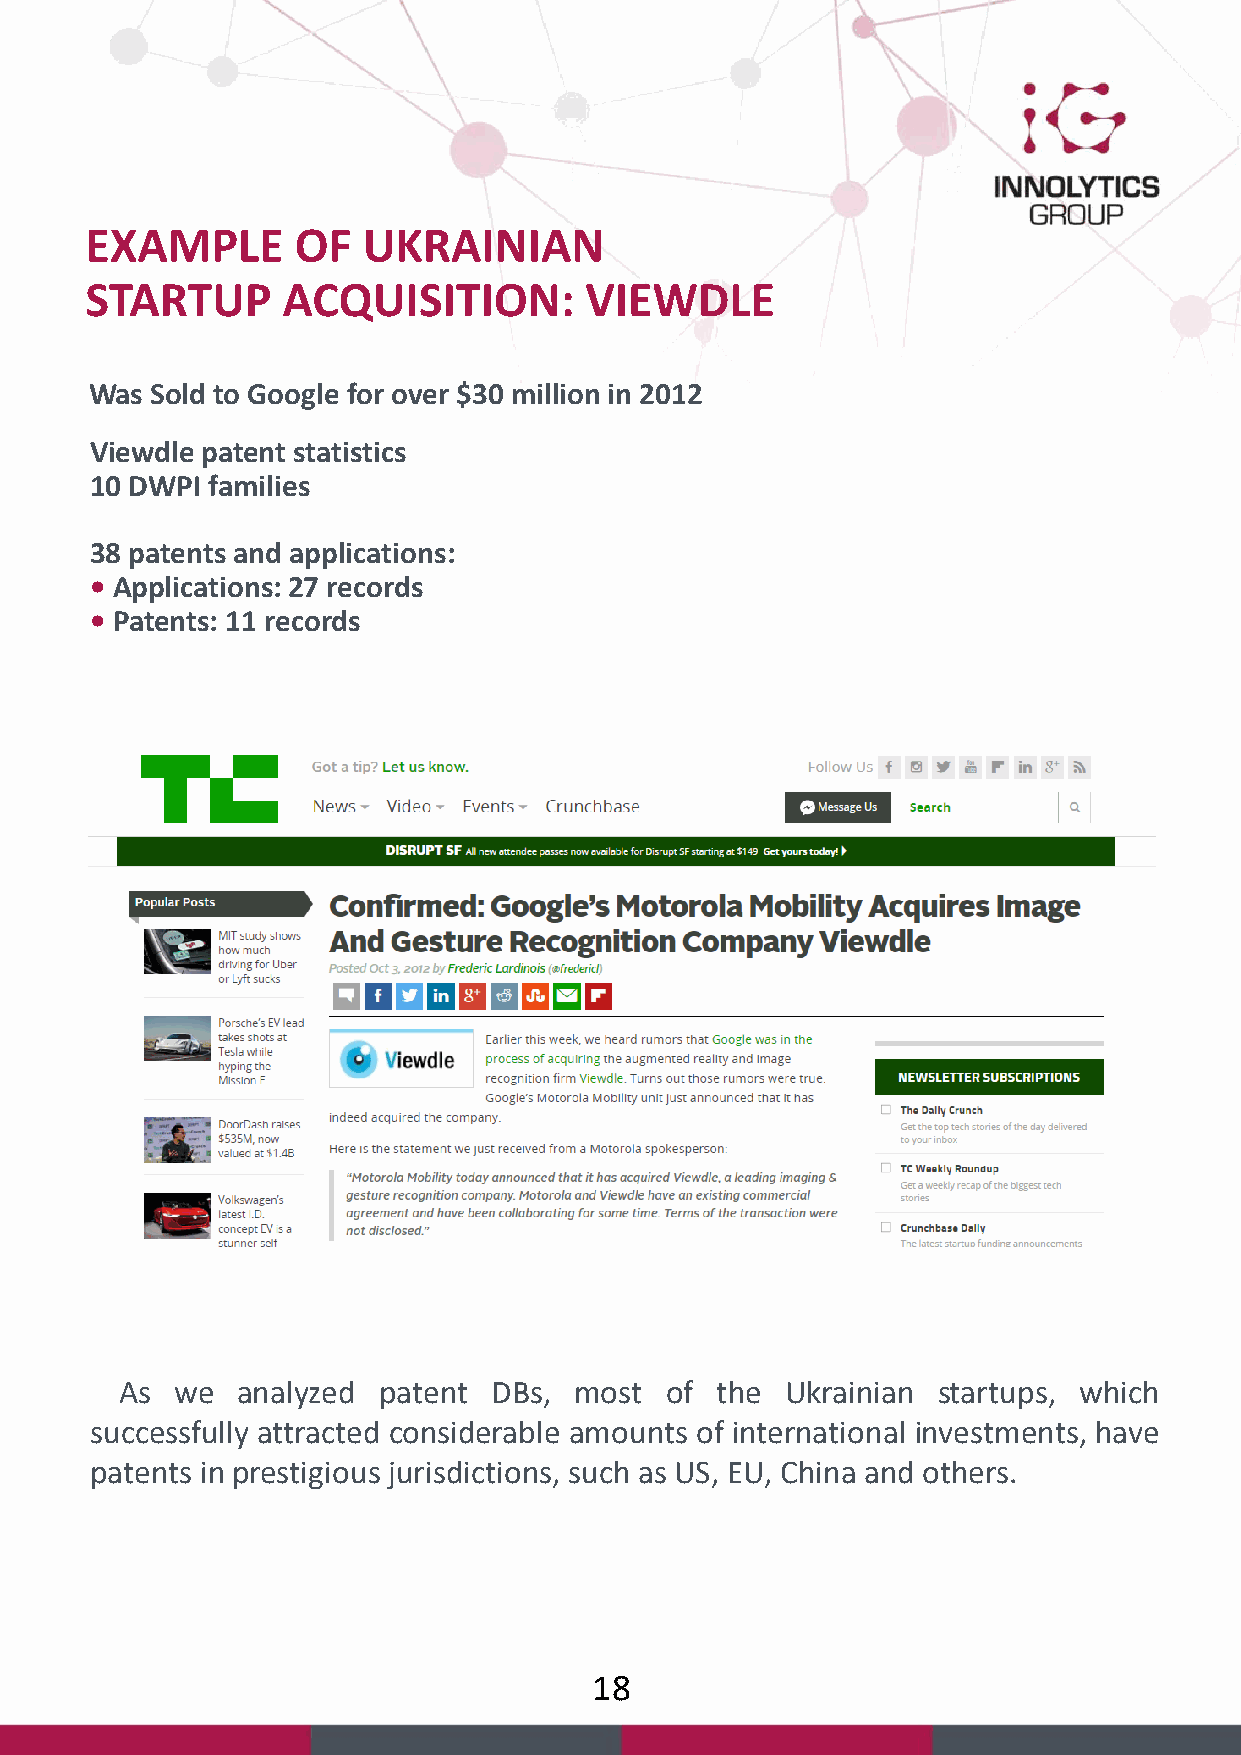
EXAMPLE      OF   UKRAINIAN
 STARTUP      ACQUISITION:        VIEWDLE
 Was Sold to Google for over $30 million in 2012
 Viewdle patent statistics
 10 DWPI families
 38 patents and applications:
 • Applications: 27 records
 • Patents: 11 records
 As  we  analyzed patent  DBs, most  of the  Ukrainian startups, which
 successfully attracted considerable amounts of international investments, have
 patents in prestigious jurisdictions, such as US, EU, China and others.
 18